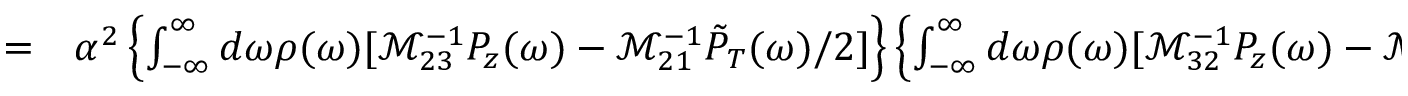
\begin{array} { r l } { = } & { { } \alpha ^ { 2 } \left\{ \int _ { - \infty } ^ { \infty } d \omega \rho ( \omega ) [ \mathcal M _ { 2 3 } ^ { - 1 } P _ { z } ( \omega ) - \mathcal M _ { 2 1 } ^ { - 1 } \tilde { P } _ { T } ( \omega ) / 2 ] \right\} \left\{ \int _ { - \infty } ^ { \infty } d \omega \rho ( \omega ) [ \mathcal M _ { 3 2 } ^ { - 1 } P _ { z } ( \omega ) - \mathcal M _ { 3 1 } ^ { - 1 } \tilde { P } _ { T } ^ { * } ( \omega ) / 2 ] \right\} , } \end{array}